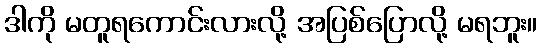
ဒါကို မတူရကောင်းလားလို့ အပြစ်ပြောလို့ မရဘူး။